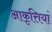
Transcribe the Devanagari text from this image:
आकृत्तियां